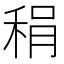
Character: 䅌